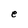
Character: e